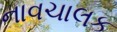
નાવચાલક